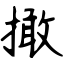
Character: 撖